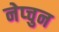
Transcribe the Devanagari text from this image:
नेप्चुन